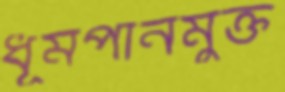
ধূমপানমুক্ত